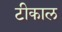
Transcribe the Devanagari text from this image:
टीकाल